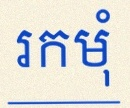
រកមុំ